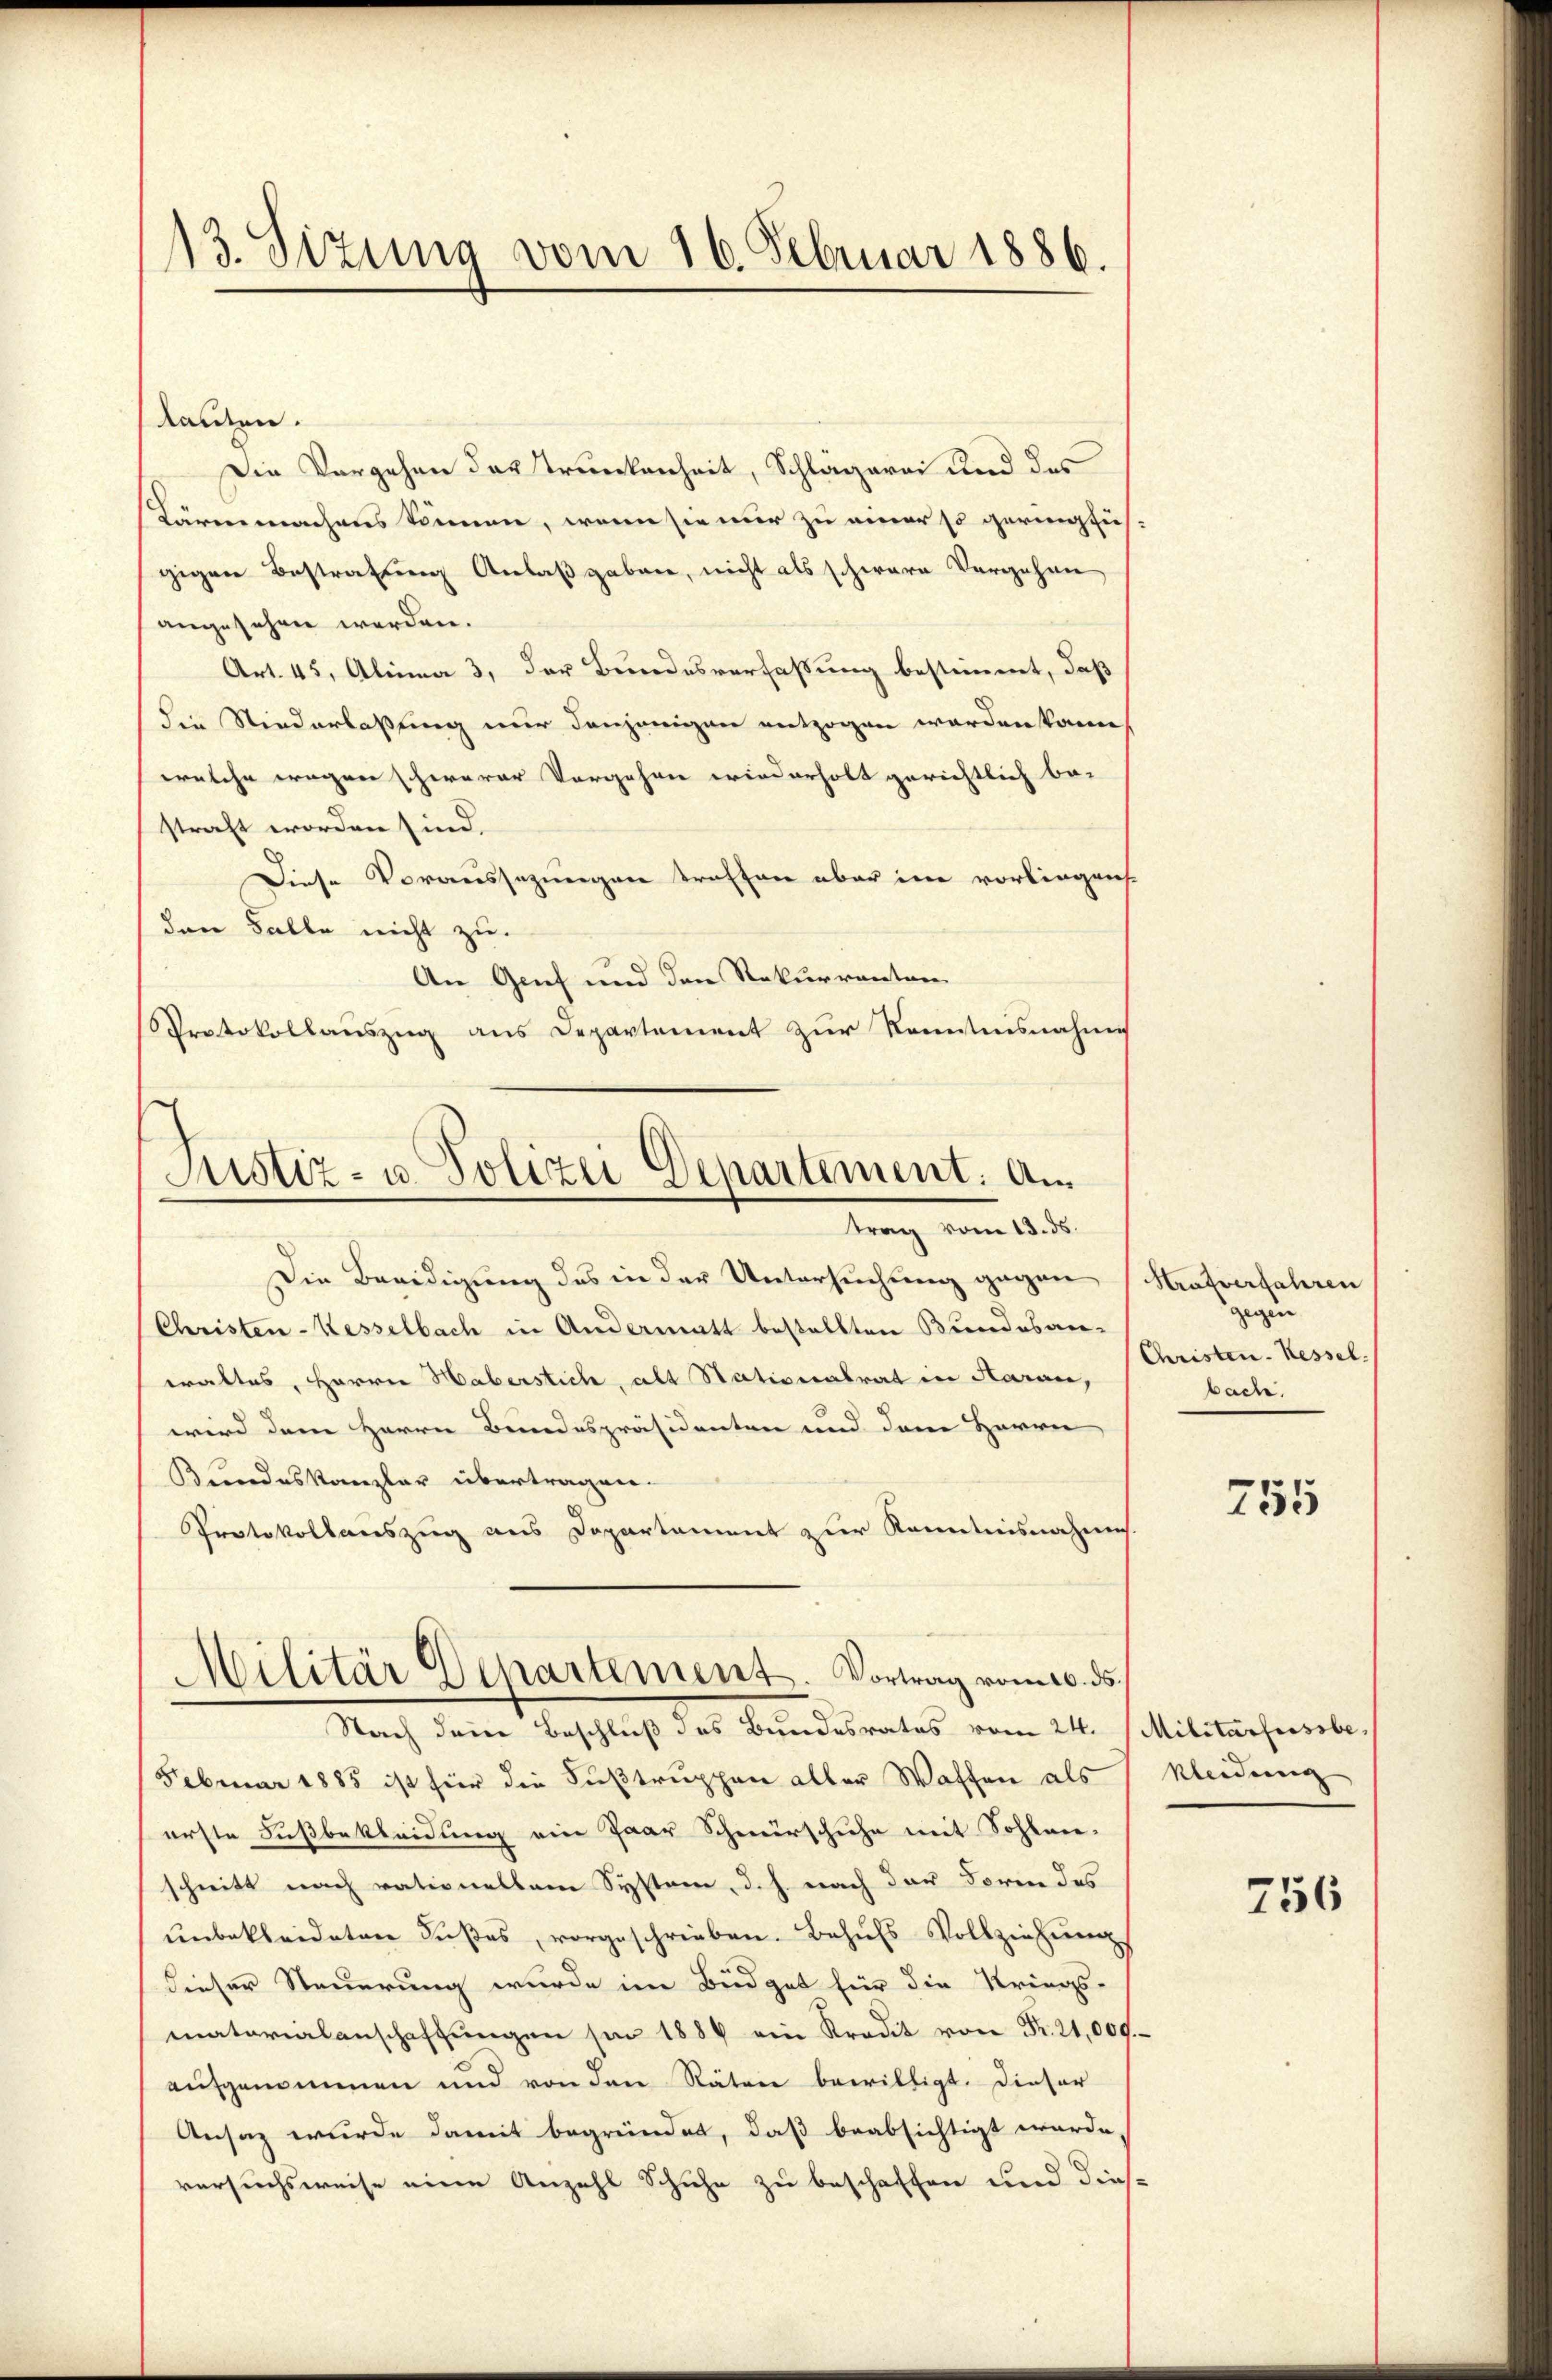
13. Sizung vom 16. Februar 1886.

kamen.
Die Vorgehen das Trunkenheit, Schlägerei und des
Lärme machens können, wenn sie nur zu einer so geringfüh
gigen Bestrafung Anlaßgaben, nicht als schwere Vergehen
angesehen werden.
Art. 45, Alina 3, der Bundesverfaßung bestimmt, daß
die Niederlaßung nur denjenigen entzogen werden kann,
welche wegen schwerer Vorgehen wiederholt gerichtlich be-
straft worden sind.
Diese Voraussezungen treffen aber im vorliegen
den Falle nicht zu.
An Genf und den Rekurrenten
Protokollaŭszŭg ans Departement zŭr Kenntnisnahme

Justiz- u. Polizei Departement. A.
trag vom 13. ds.

Militär Departement. Vortrag vom 16. ds.
Nach dem Beschluß des Bundesrates vom 24.

Die Beeidigung des in der Untersuchung gegen
Christen-Kesselbach in Andermatt bestellten Bundesan-
waltes, Herrn Haberstich, als Nationalrat in Haran,
wird dem Herrn Bundespräsidenten und dem Herrn
Bundeskanzler übertragen.
Protokollauszug aus Departament zur Kenntnisnahmes.
Februar 1885 ist für die Fußtruppen aller Waffen als
erste Fußbekleidung ein Paar Schnerschuhe mit Sohlenschnitt nach rationellan System, d. h. nach der Form des
ŭnbekleideten Sŭβes, vorgeschrieben. Behŭfs Vollziehŭng
dieser Steuerung wurde im Büdget für die Kriegs-
matarialanschaffungen sei 1886 ein Kredit von Fr. 21,000.
aufgenommen und von den Räten bewilligt. Dieser
Ansaz wurde damit begründet, daß beabsichtigt werde.
versuchsweise eine Anzahl Schuhe zu beschaffen und dies

Strafverfahren
gegen
Christen-Kessel.
bache.

755

Militärfussbe
kleidung

756